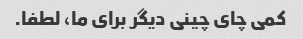
کمی چای چینی دیگر برای ما، لطفا.